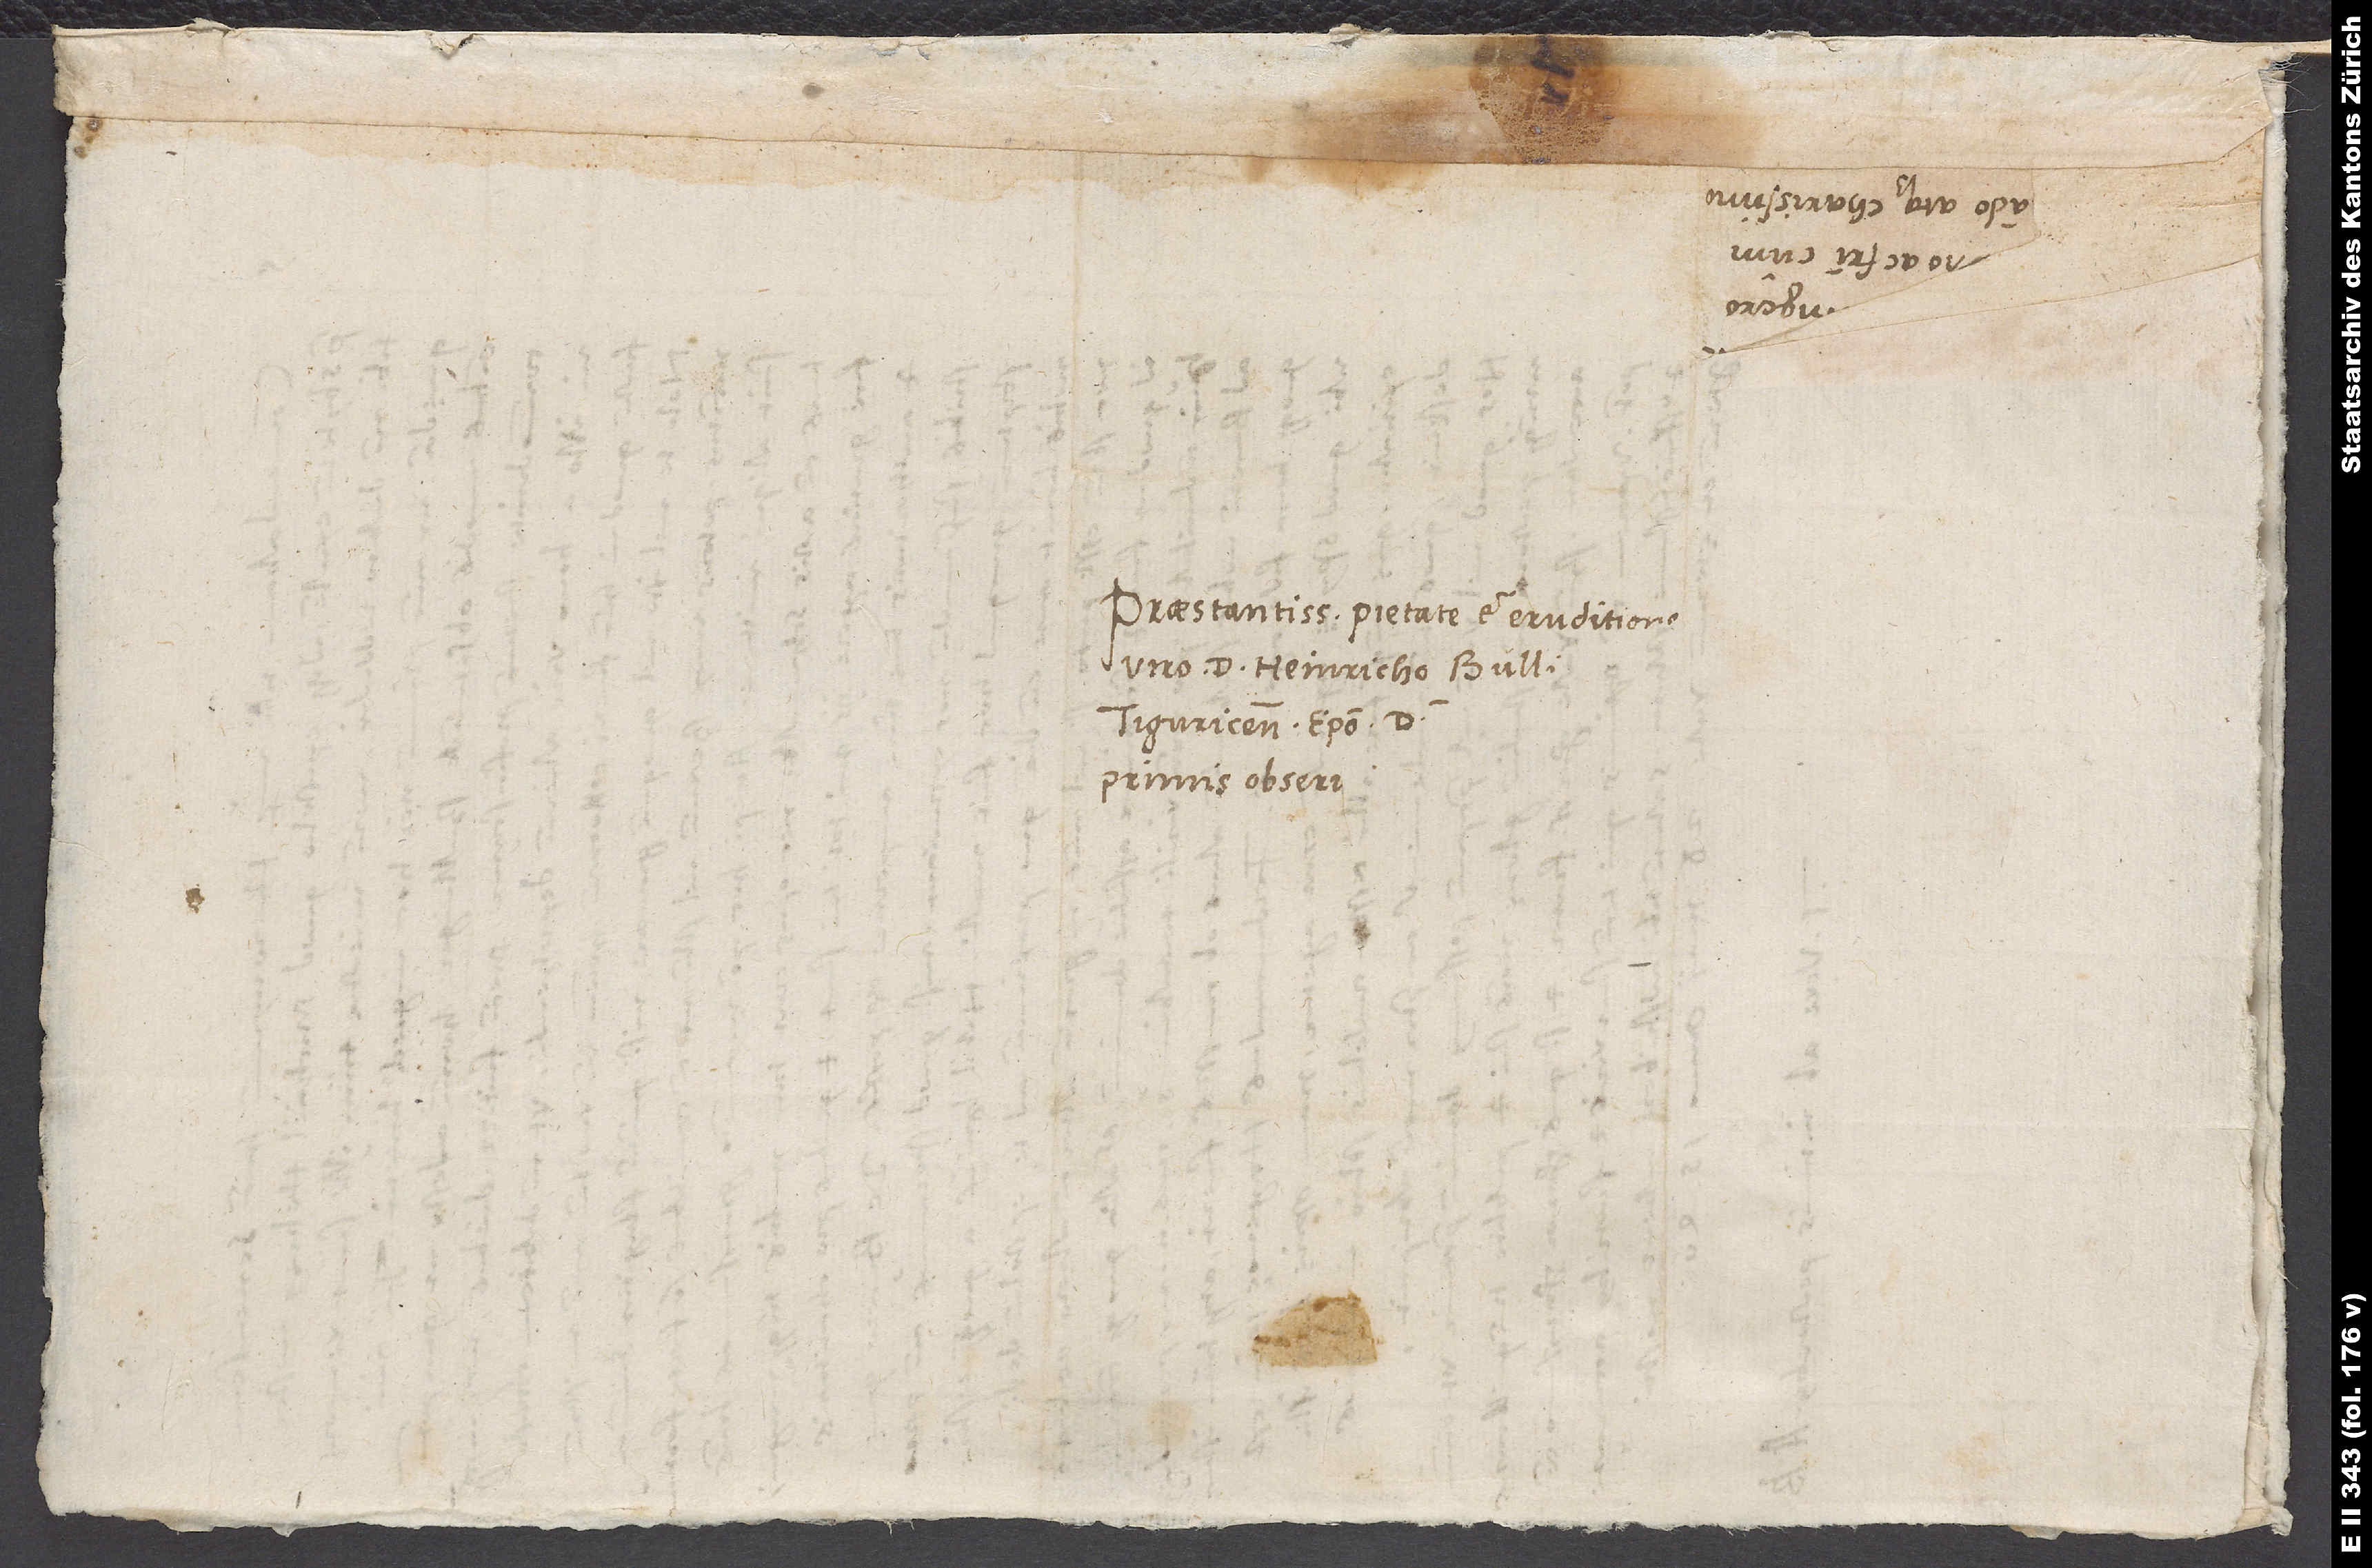
Praestantissimo pietate et eruditione
viro d. Heinricho Bullingero,
Tiguricensi episcopo, domino
primis observando